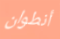
أنطوان